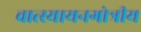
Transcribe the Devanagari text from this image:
वात्स्यायनगोत्रीय